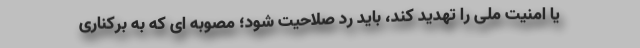
یا امنیت ملی را تهدید کند، باید رد صلاحیت شود؛ مصوبه ای که به برکناری